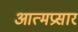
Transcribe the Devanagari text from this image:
आत्मप्रसार